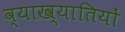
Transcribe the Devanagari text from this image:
व्याख्यातियों